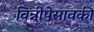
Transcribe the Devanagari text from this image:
विन्नीपेसावकी